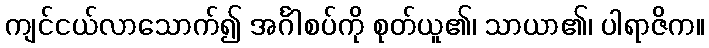
ကျင်ငယ်လာသောက်၍ အင်္ဂါစပ်ကို စုတ်ယူ၏၊ သာယာ၏၊ ပါရာဇိက။